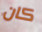
كان